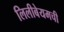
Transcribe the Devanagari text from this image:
लिलीबेयमची